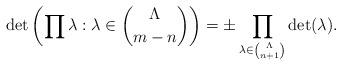
LaTeX: \begin{align*} \det\left( \prod \lambda : \lambda \in \binom{\Lambda}{m-n} \right) = \pm \prod_{\lambda \in \binom{\Lambda}{n+1}} \det(\lambda).\end{align*}